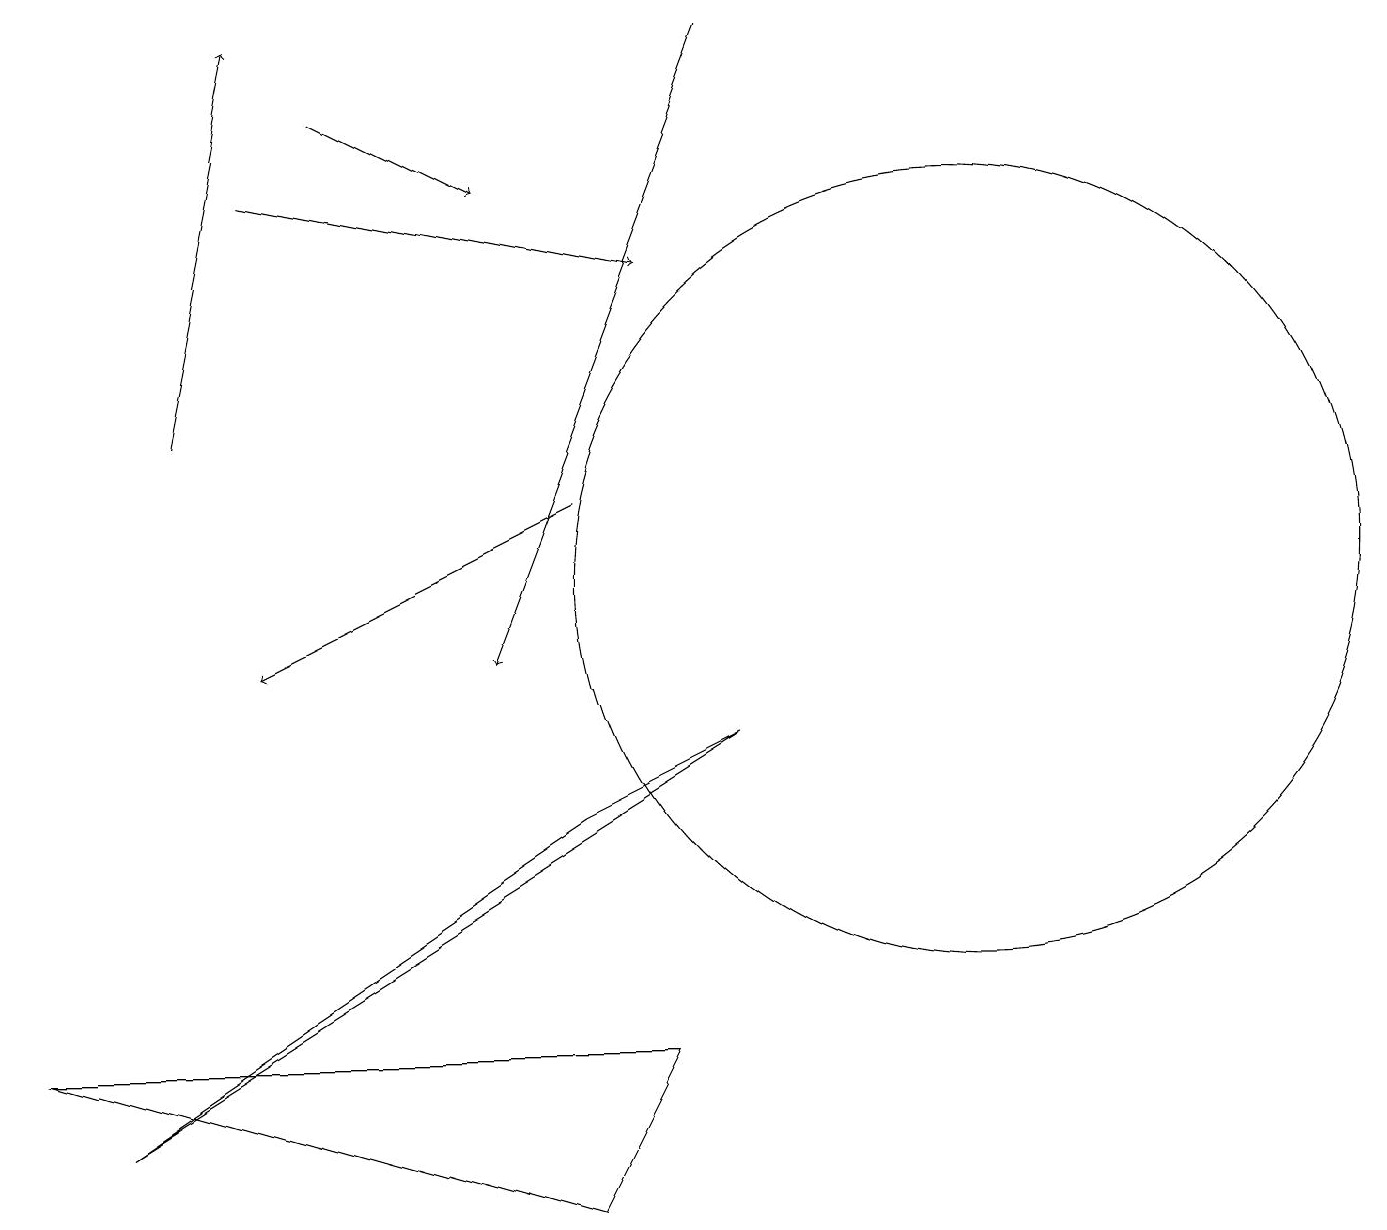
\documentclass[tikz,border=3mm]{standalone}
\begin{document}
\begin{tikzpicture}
\draw (9,9) -- (7,8) -- (1,4) -- cycle;
\draw[->] (7,12) -- (3,10);
\draw (7,3) -- (8,5) -- (0,5) -- cycle;
\draw[->] (2,13) -- (3,18);
\draw[->] (9,18) -- (6,10);
\draw[->] (3,16) -- (8,15);
\draw[->] (4,17) -- (6,16);
\draw (12,11) circle (5);
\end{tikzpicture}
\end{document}